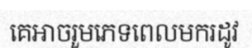
គេអាចរួមភេទពេលមករដូវ